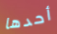
أحدها